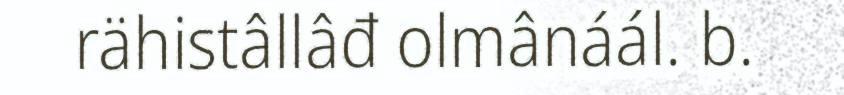
rähistâllâđ olmânáál. b.